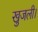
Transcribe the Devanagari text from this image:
खुजली।